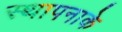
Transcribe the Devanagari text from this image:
स्थापनाके